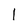
Character: l